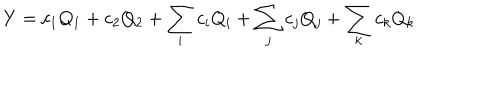
Y = c _ { 1 } Q _ { 1 } + c _ { 2 } Q _ { 2 } + \sum _ { i } c _ { i } Q _ { i } + \sum _ { j } c _ { j } Q _ { j } + \sum _ { k } c _ { k } Q _ { k }